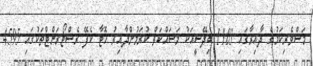
މަސްވެރިކަމުގެ ދާއިރާގައި 1103 ބިދޭސީއަކު މަސައްކަތް ކުރަމުންދާއިރު ހޮޓާ ކެފޭ ރެސްޓޯރަންޓްތަކުގައި 4595